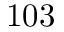
1 0 3